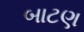
બાટણ